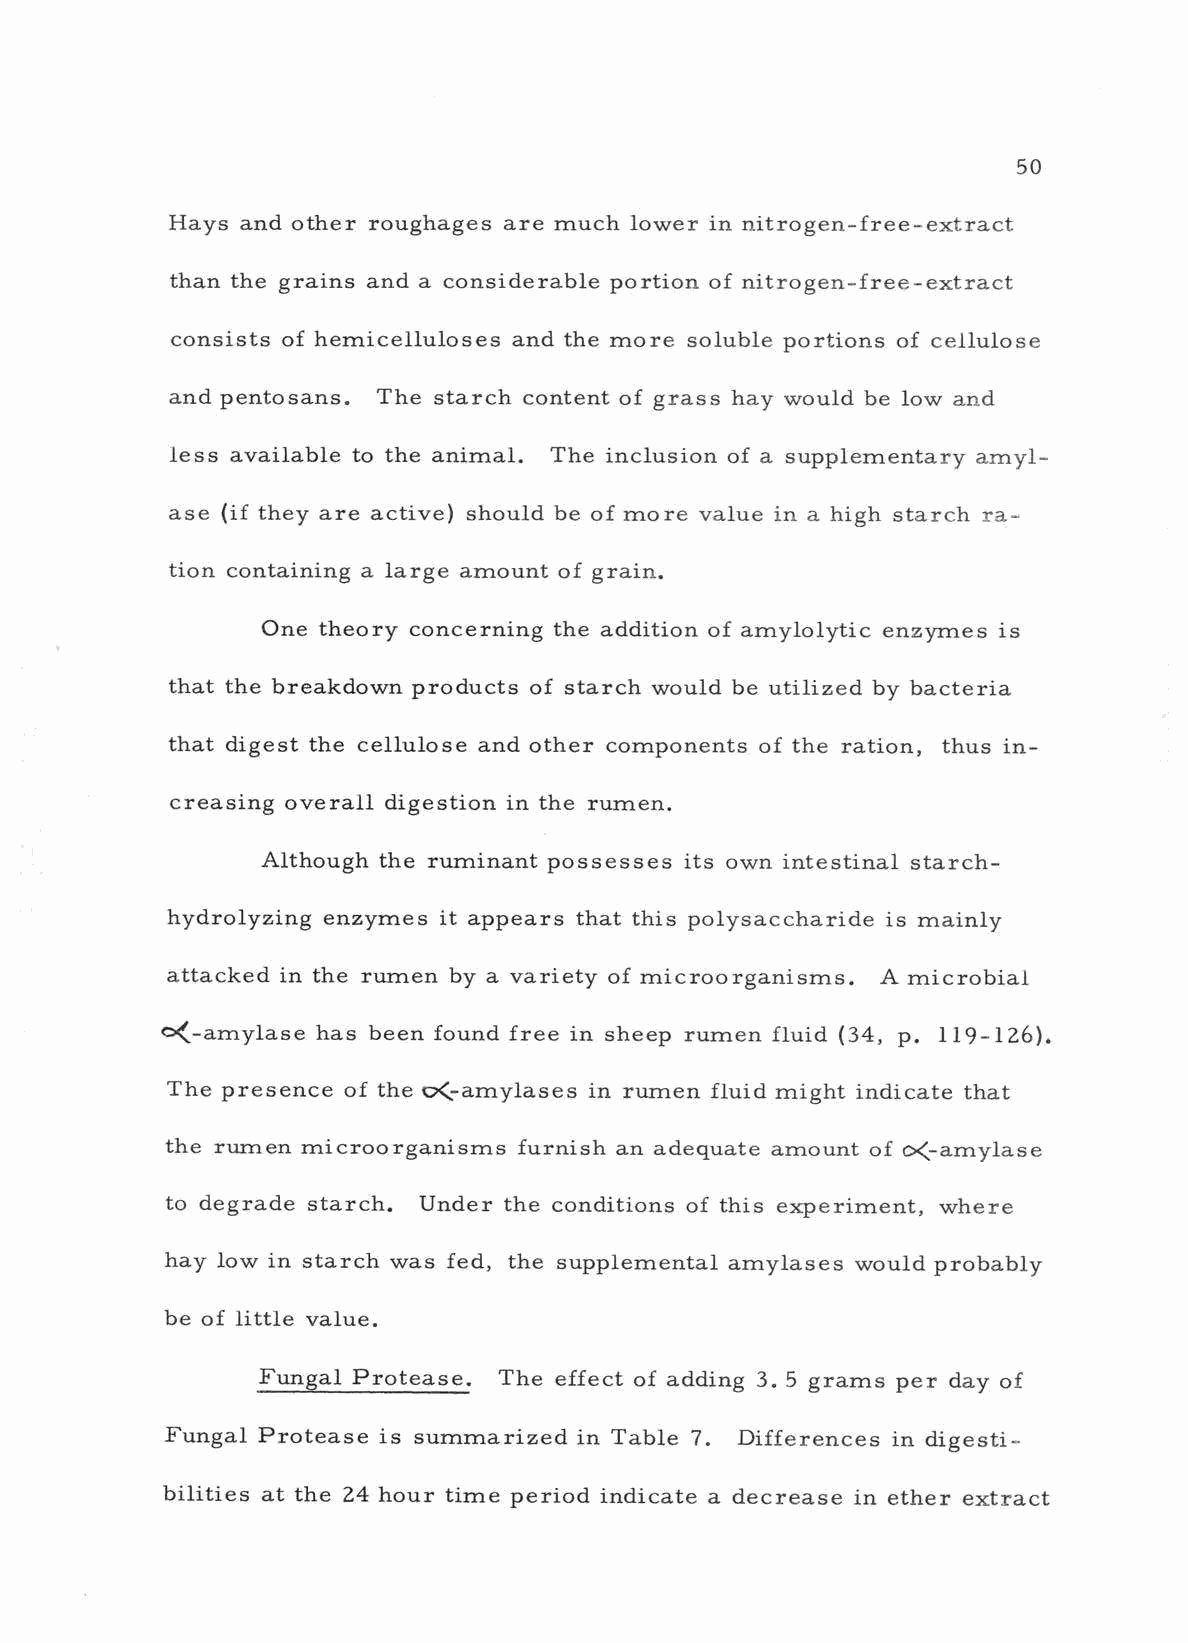
50
 Hays and other roughages are much lower in nitrogen- free - extract
 than the grains and a considerable portion of nitrogen- free - extract
 consists of hemicelluloses and the more soluble portions of cellulose
 and pentosans. The starch content of grass hay would be low and
 less available to the animal. The inclusion of a supplementary amyl-
 ase (if they are active) should be of more value in a high starch ra-
 tion containing a large amount of grain.
 One theory concerning the addition of amylolytic enzymes is
 that the breakdown products of starch would be utilized by bacteria
 that digest the cellulose and other components of the ration, thus in-
 creasing overall digestion in the rumen.
 Although the ruminant possesses its own intestinal starch -
 hydrolyzing enzymes it appears that this polysaccharide is mainly
 attacked in the rumen by a variety of microorganisms. A microbial
 0<- amylase has been found free in sheep rumen fluid (34, p. 119 -126).
 The presence of the amylases in rumen fluid might indicate that
 the rumen microorganisms furnish an adequate amount of (amylase
 to degrade starch. Under the conditions of this experiment, where
 hay low in starch was fed, the supplemental amylases would probably
 be of little value.
 Fungal Protease. The effect of adding 3. 5 grams per day of
 Fungal Protease is summarized in Table 7. Differences in digesti-
 bilities at the 24 hour time period indicate a decrease in ether extract